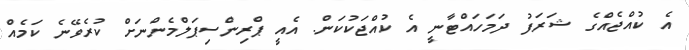
އެ ކުއްޖެއްގެ ޝަރަފު ދަމަހައްޓާނީ އެ ކުއްޖަކުކަން. އެއީ ޕްރިންސިޕަލްމެންނަށް ކުރެވޭނެ ކަމެއް